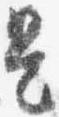
是